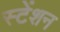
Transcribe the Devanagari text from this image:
स्टेंशन